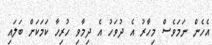
އެހެން ނަމަވެސް މިހާރު އެ ދުވަހު އެ ދިމާވި ހުރިހާ ކަމަކަށް ބަލައި